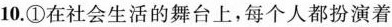
10.①在社会生活的舞台上，每个人都扮演着